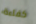
كفاءة